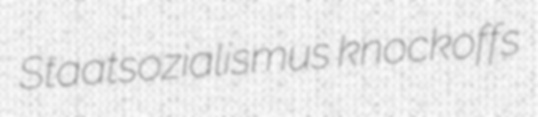
Staatsozialismus knockoffs